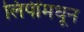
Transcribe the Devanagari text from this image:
लिपींमधून